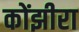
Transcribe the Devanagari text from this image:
कोंझीरा